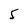
Character: 5